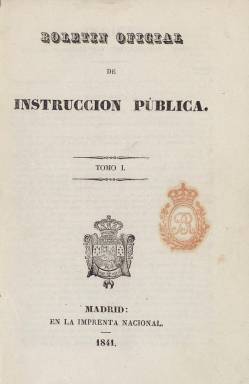
Título: Boletín oficial de instrucción pública
Colección: Educación
Ámbito geográfico: Madrid
Lugar de publicación: Madrid
Fechas: 28/02/1841-30/12/1847